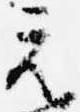
元